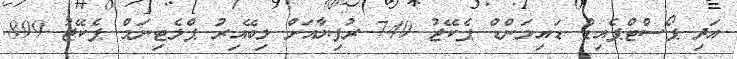
އަދި ޕޯސްޓްޕެއިޑް ޑައިމަންޑް ޕެކޭޖު 749 ރުފިޔާއަށް ލިބޭއިރު ޕްލެޓިނަމް ޕެކޭޖު 899